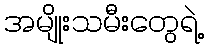
အမျိုးသမီးတွေရဲ့